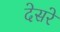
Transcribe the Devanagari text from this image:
देसरे